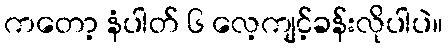
ကတော့ နံပါတ် ၆ လေ့ကျင့်ခန်းလိုပါပဲ။